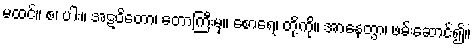
မထင်။ စ၊ ပါး။ အဋဝိတော၊ တောကြီးမှ။ စောရေ၊ တို့ကို။ အာနေတွာ၊ ဖမ်းဆောင်၍။